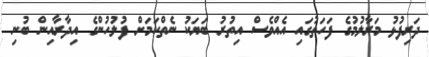
ދަރިފުޅު މަރާލުމުގެ ފަހަތުގައި އެއްވެސް އިތުރު ބަޔަކު ނެތްކަމަށް ފުލުހުންގެ އިދާރާއިން ބުނި